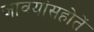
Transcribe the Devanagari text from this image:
जावयांसहोतें